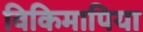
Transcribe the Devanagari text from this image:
विकिमापिया